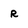
Character: R